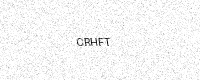
Text: CRHFT